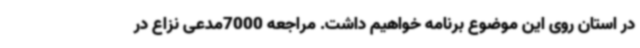
در استان روی این موضوع برنامه خواهیم داشت. مراجعه 7000مدعی نزاع در